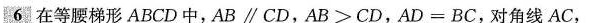
6在等腰梯形ABCD中，AB \parallel